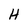
Character: H